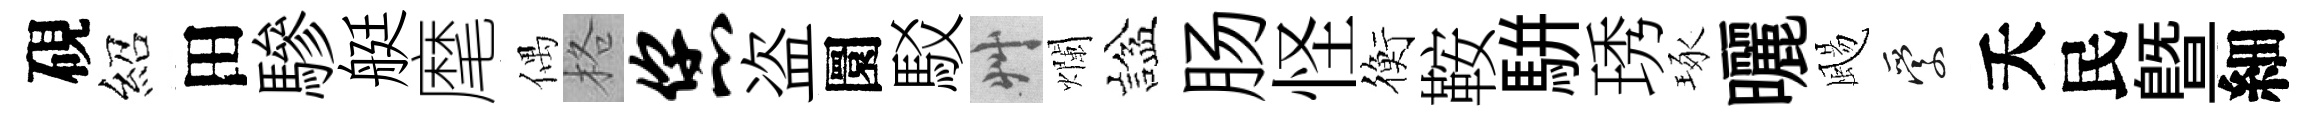
硯紹田驂艇麾偶格您盗圜駁艸爛諡肠怪衡鞍駢琇琢曬颺愛夭民暨細